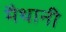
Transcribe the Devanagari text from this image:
मैथानी